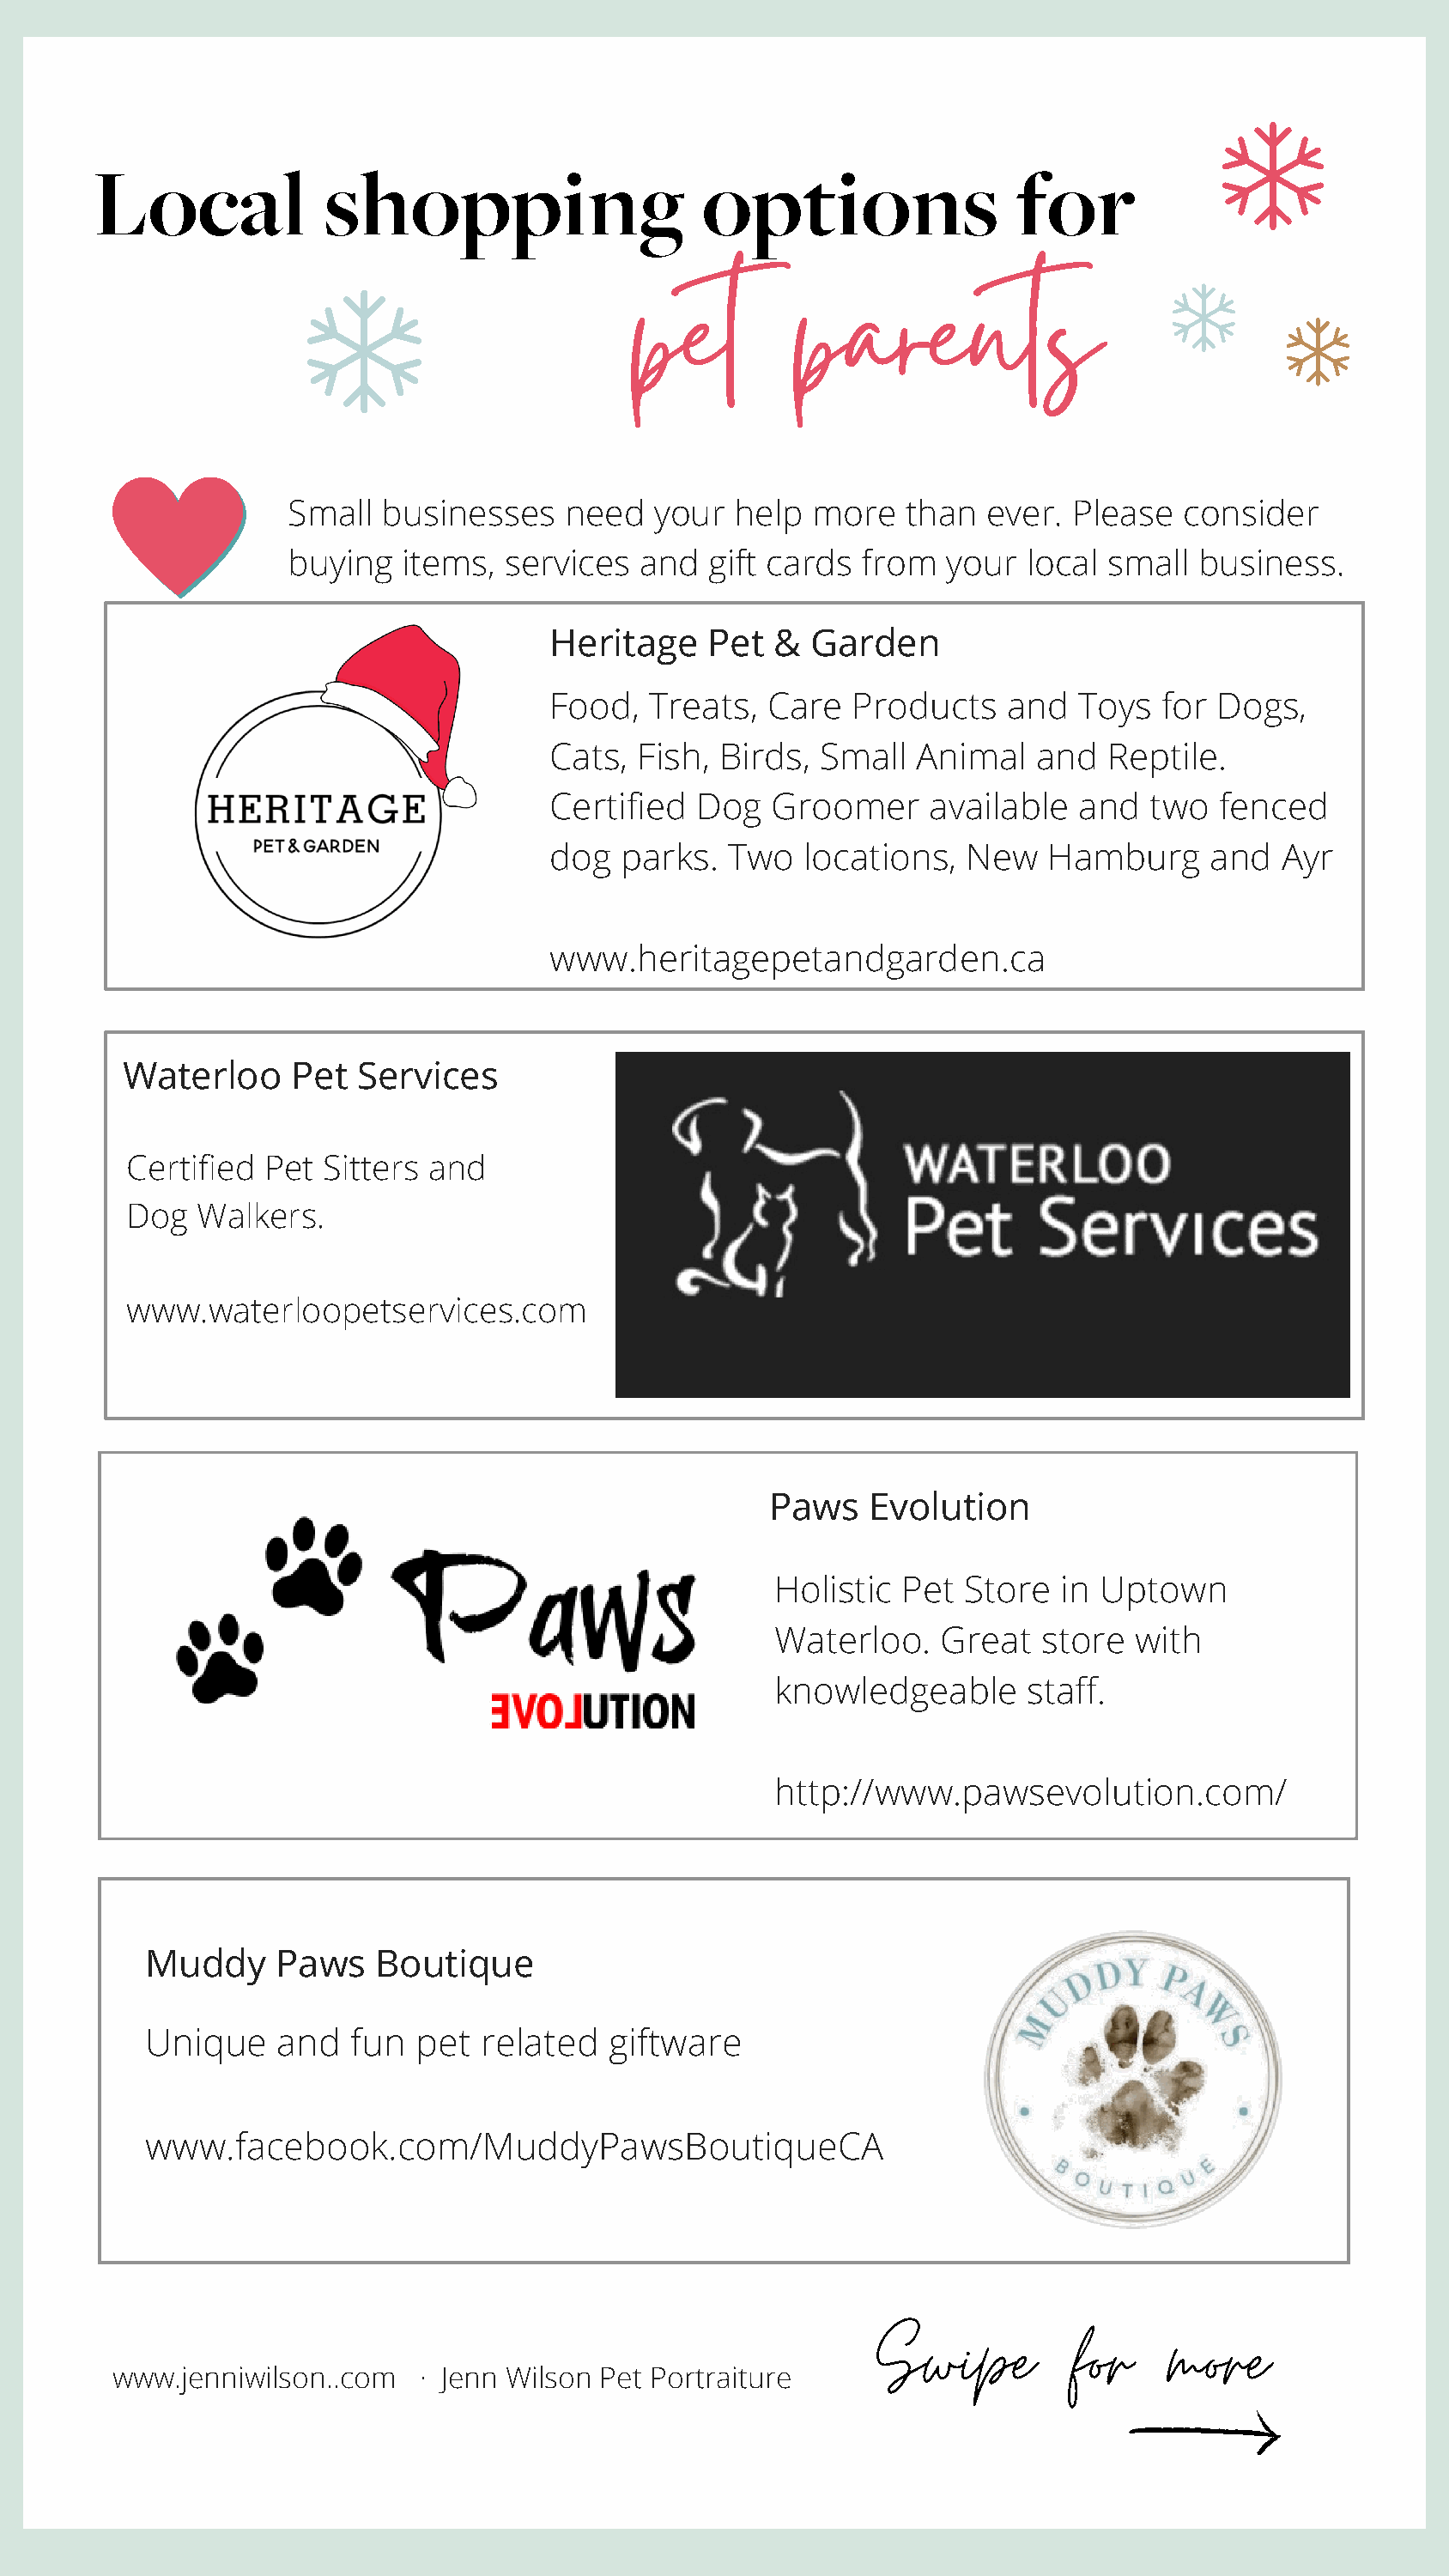
Local             shopping                     options                 for
 pet         parents
 Small  businesses     need  your   help  more   than  ever.  Please  consider
 buying   items,  services  and   gift cards from   your  local small  business.
 Heritage     Pet  & Garden
 Food,   Treats,  Care   Products    and  Toys   for Dogs,
 Cats,  Fish, Birds,  Small   Animal   and  Reptile.
 Certified   Dog  Groomer      available  and   two  fenced
 dog   parks.  Two   locations,  New    Hamburg     and   Ayr
 www.heritagepetandgarden.ca
 Waterloo     Pet   Services
 Certified Pet  Sitters and
 Dog  Walkers.
 www.waterloopetservices.com
 Paws    Evolution
 Holistic  Pet Store   in Uptown
 Waterloo.   Great   store  with
 knowledgeable      staff.
 http://www.pawsevolution.com/
 Muddy     Paws    Boutique
 Unique    and   fun  pet  related   giftware
 www.facebook.com/MuddyPawsBoutiqueCA
 Swipe          for    more
 www.jenniwilson..com   · Jenn Wilson Pet Portraiture